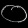
Digit: ၀